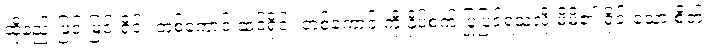
ထိုနည်းဖြင့် မြင်းရိုင်း တစ်ကောင် ဆင်ရိုင်း တစ်ကောင် ကို နှိပ်စက် ပြုပြင်ရသလို မိမိ၏ ရိုင်းသော စိတ်